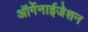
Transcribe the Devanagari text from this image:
ऑर्गेनाईजेशन